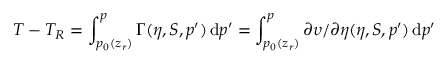
T - T _ { R } = \int _ { p _ { 0 } ( z _ { r } ) } ^ { p } \Gamma ( \eta , S , p ^ { \prime } ) \, \mathrm { d } p ^ { \prime } = \int _ { p _ { 0 } ( z _ { r } ) } ^ { p } \partial \upsilon / \partial \eta ( \eta , S , p ^ { \prime } ) \, \mathrm { d } p ^ { \prime }